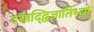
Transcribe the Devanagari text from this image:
दद्याद्द्विजातिभ्यो